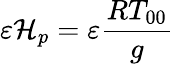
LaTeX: {\varepsilon}\mathcal{H}_{p}={\varepsilon}\frac{{RT_{00}}}{{g}}